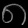
Digit: ၈